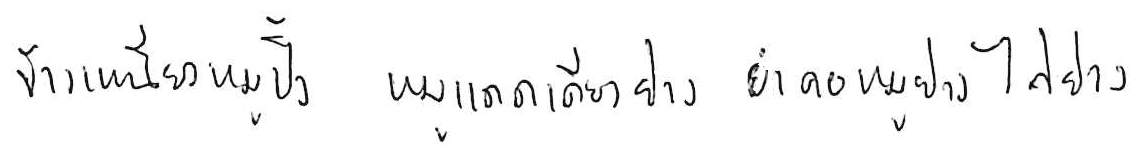
ข้าวเหนียวหมูปิ้ง หมูแดดเดียวย่าง ยำคอหมูย่าง ไก่ย่าง